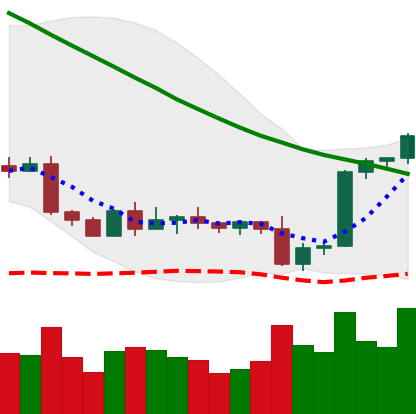
Ticker: BTC-USD
Chart end date: 2022-09-12
Forward return: -10.026%
Label: down_7plus